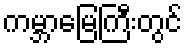
ကမ္ဘာမြေကြီးတွင်